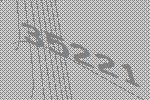
35221